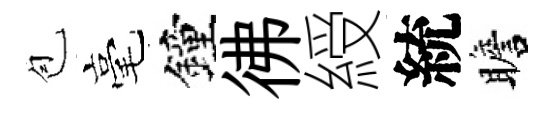
苞毫鐘彿綬統瞻